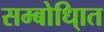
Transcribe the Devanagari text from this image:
सम्बोधि्ात